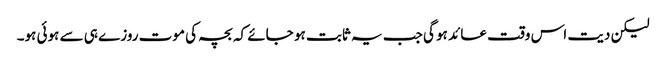
لیکن دیت اس وقت عائد ہو گی جب یہ ثابت ہو جائے کہ بچہ کی موت روزے ہی سے ہوئی ہو۔